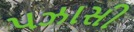
પઝાસી